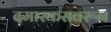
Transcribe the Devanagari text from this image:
दमास्कसवरून